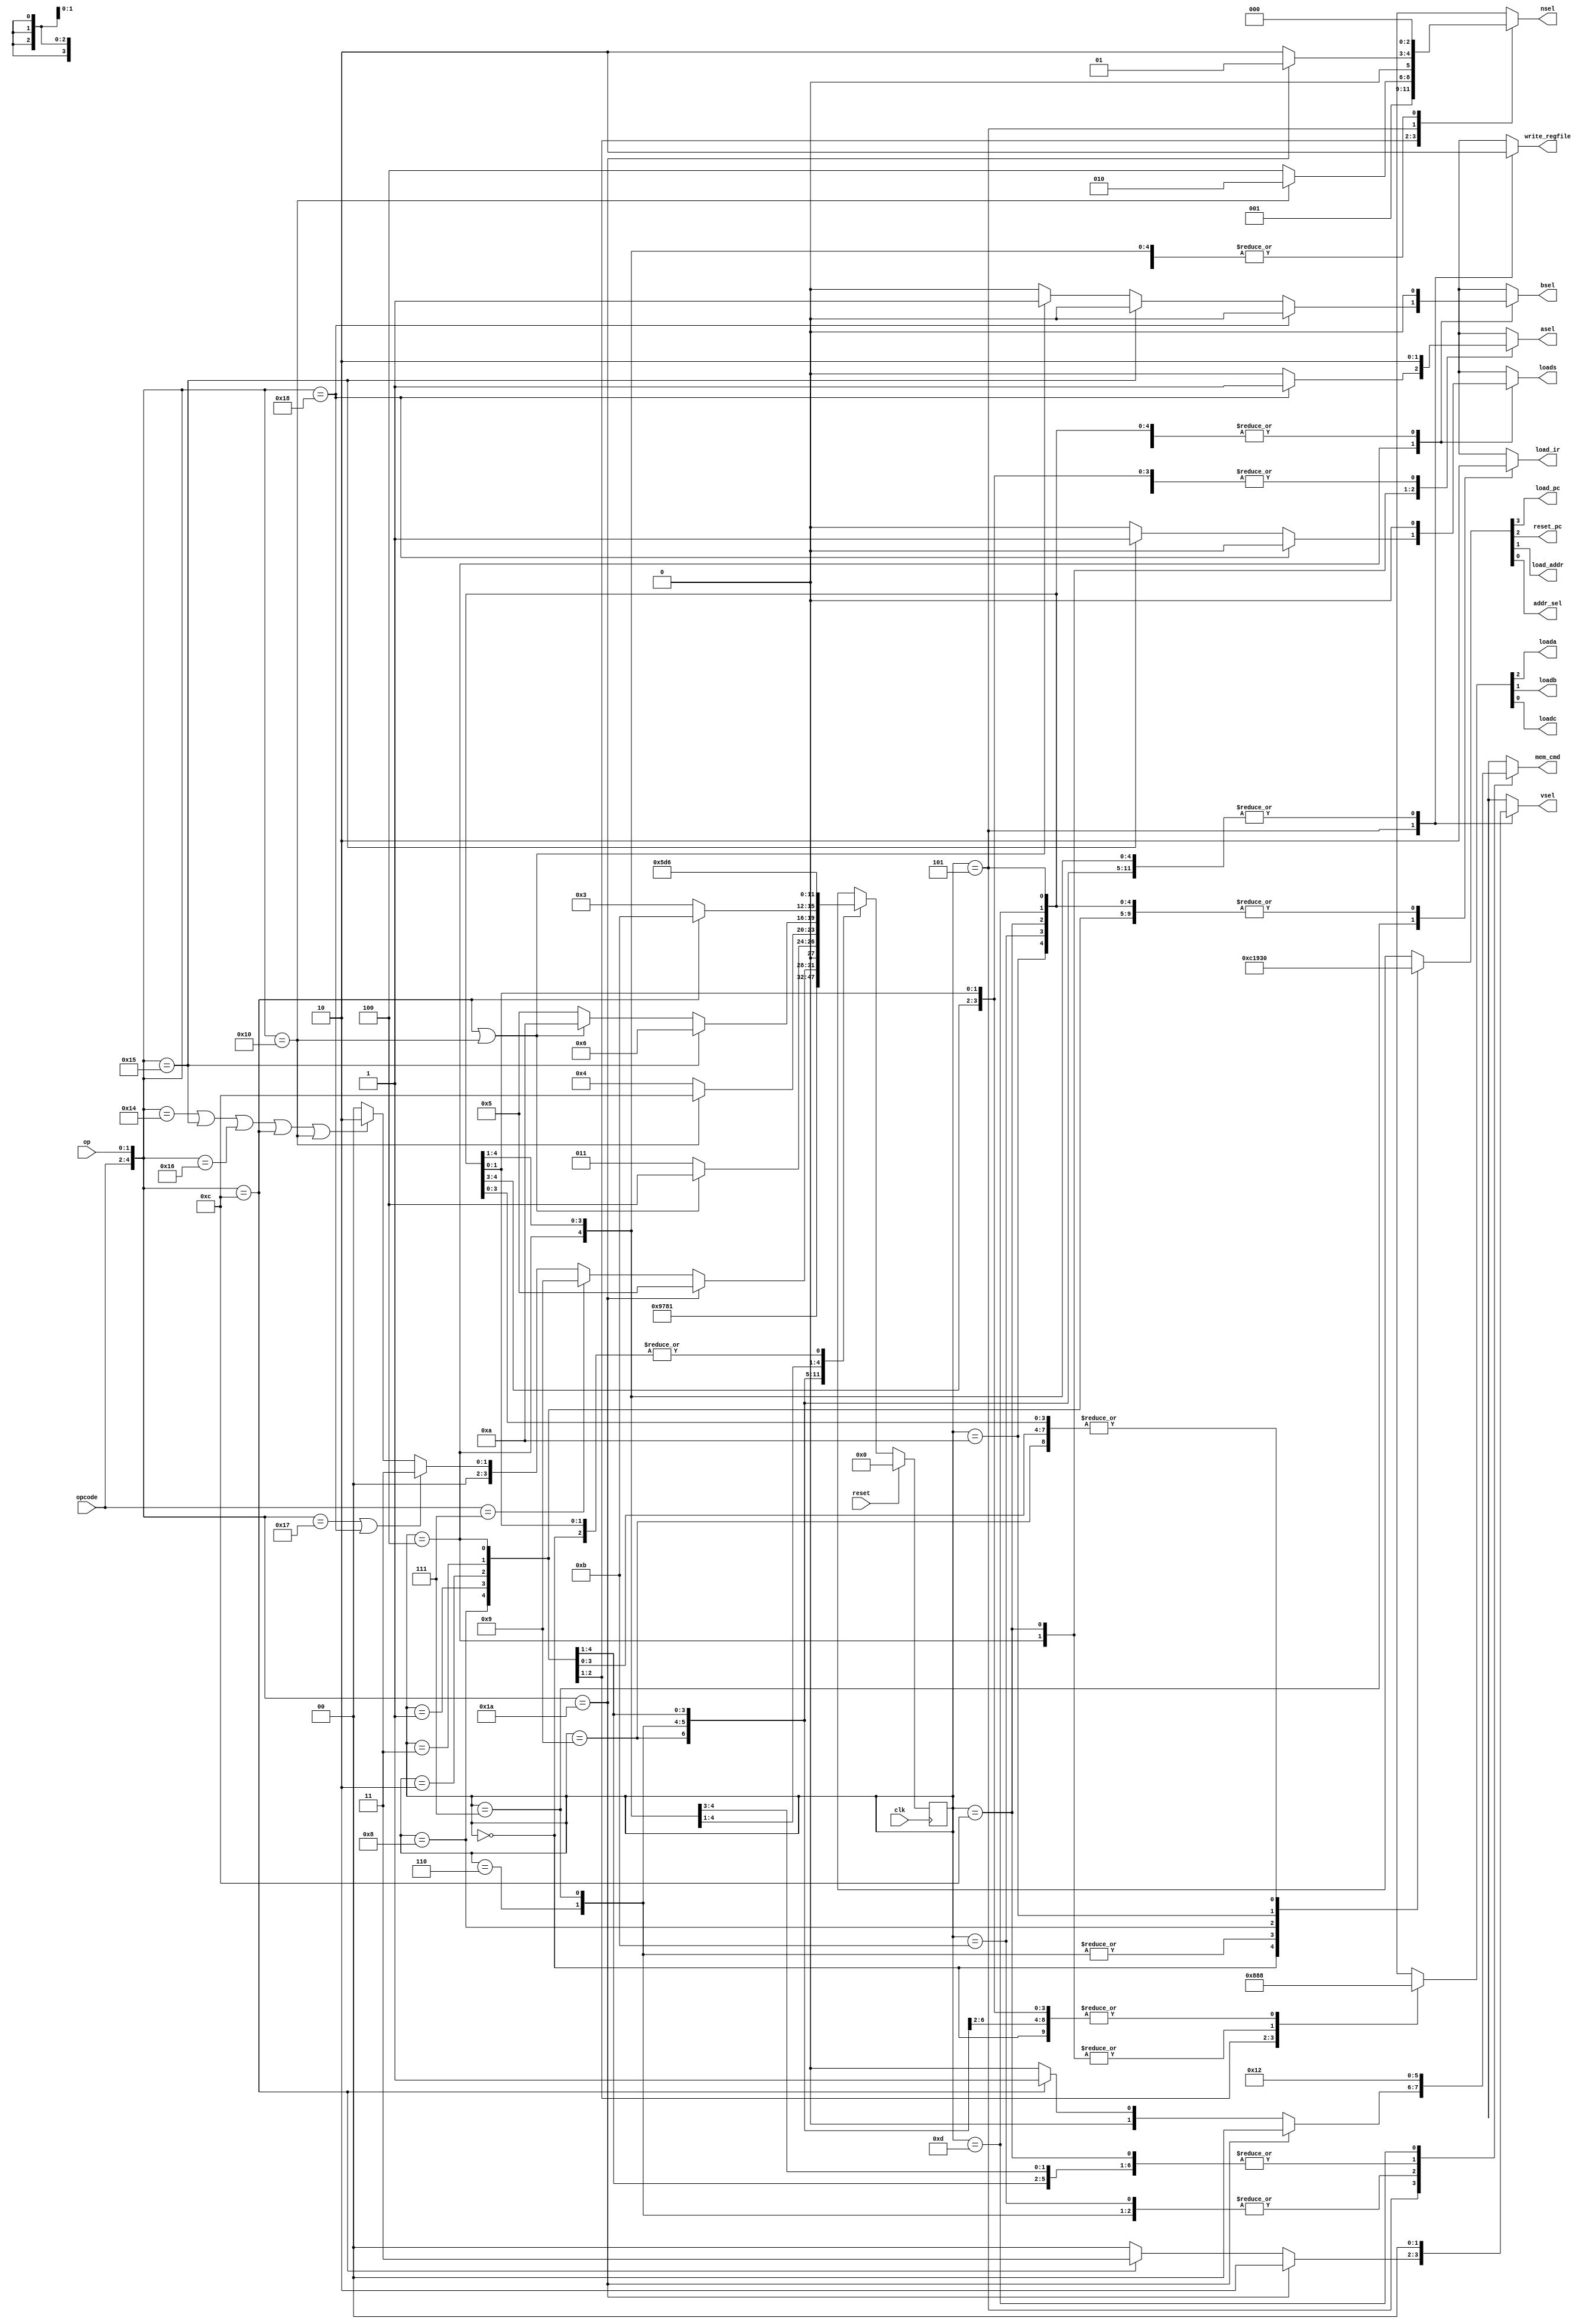



module FSMcontroller(reset,clk,opcode,op,nsel,asel,bsel,vsel,loada,loadb,loadc,loads,write_regfile,load_pc,reset_pc,load_addr,addr_sel,mem_cmd,load_ir);
input /*s*/reset,clk;
input [2:0] opcode;
input [1:0] op;
output reg /*w*/asel,bsel,loada,loadb,loadc,loads,write_regfile,load_pc,reset_pc,load_addr,addr_sel,load_ir;
output reg [1:0] vsel,mem_cmd;
//nsel is one hot 
output reg [2:0] nsel;

reg[3:0] state;
reg[3:0] next_state;


//MACROS for memory commands
`define MNONE 2'b00
`define MREAD 2'b01
`define MWRITE 2'b10

//MACROS FOR VARIOUS STATES
/*`define waiting 4'b0000*/
//program counter initialized in reset
`define reset 4'b0000
//choose next state from instruction register 
`define decode 4'b0001
//load into reg a
`define getA 4'b0010
//load into reg b
`define getB 4'b0011
//use alu to store result in reg c
`define execute 4'b0100
//store value in reg in register file
`define store 4'b0101
//mem_read_step1 is where output from the memory is updated
`define mem_read_step1 4'b0110
//mem_read_step2 is where the instruction register is updated with ouptut from memory
`define mem_read_step2 4'b0111
`define update_pc 4'b1000
//halt will remain as the state until reset is hit
`define halt 4'b1001
//for loading into data adress register to execute LDR/STR instructions
`define load_data_adress 4'b1010
//reading from memory for LDR instruction
`define mem_read_LDR 4'b1011
//execute state for outputting value in Rd to datapath_out to execute STR instruction
`define executeSTR 4'b1100
//writing to memory state
`define writemem 4'b1101


//THIS IS A MEALY MACHINE THAT USES STATES AND OPCODE TO PICK OUTPUTS
//AND TO PICK STATE TRANSITIONS





//state transition logic
always@(*) begin
case(state)

//only leave waiting state if s is 1, NEXT STATE WILL BE DECODE IN LATER VERSIONS
/*`waiting:next_state= ((s==1'b1)? `decode: `waiting );*/

//will remain halted
`halt:next_state=`halt;

//in reset state, transition to state 1 for reading instructions from memory
`reset : next_state = `mem_read_step1;
//after memory reading step 1, transition to memory reading step 2
`mem_read_step1 :next_state = `mem_read_step2;
//after instructiosn loaded into instruction register, update program counter
`mem_read_step2 : next_state=`update_pc;
//after updating program counter, decode
`update_pc: next_state=`decode;



//next state after decoding will depend on {opcode,op}
`decode: begin
//next state will be store if instruction is MOV Rn,#<im8> ({opcode,op}=5'b11010)
if({opcode,op}==5'b11010) begin 
next_state=`store;
end 

//next state will be halt if opcode=111
else if(opcode==3'b111) begin
next_state=`halt;
end




/*next state will be getB if instruction is MOV Rd,Rm{,<sh_op>} or MVN Rd,Rm{,<sh_op>} 
{opcode,op}=5'b11000 or {opcode,op}=5'b10111 respectivly*/
else if(({opcode,op}==5'b10111)|({opcode,op}==5'b11000)) begin
next_state=`getB;
end
//if the instructions are ADD, CMP, AND, LDR,or STR then the next step is to load into regA
else if( ({opcode,op}==5'b10100) | ({opcode,op}==5'b10101) | ({opcode,op}==5'b10110)|({opcode,op}==5'b01100)|({opcode,op}==5'b10000) ) begin
next_state=`getA;
end
//if the opcode does not correspond to any of the aformetioned instructions then reset instead of keeping up with illegal instructions
else begin
next_state=`reset;
end
//end of decode case
end


//after getting A FSM must get B UNLESS PERFORMING LDR OR STR IN WHICH CASE IT WILL GO TO EXECUTE
`getA:begin 
if(({opcode,op}==5'b01100)|({opcode,op}==5'b10000)) begin
next_state=`execute;
end
else begin
next_state=`getB;
end
end


//after getting B FSM must execute unless executing STR in which case it will go to executeSTR state 
`getB: begin 
if({opcode,op}==5'b10000) begin
next_state=`executeSTR;
end
else begin
next_state=`execute;
end
end


//after execution FSM must store UNLESS THE OPERATION IS CMP so {opcode,op}=10101 then go right back to memory_reading without storing
//MAKE SURE STATUS FLAG REGISTER ONLY UPDATES WHEN DOING CMP 
`execute:begin
//if instruction is CMP
if({opcode,op}==5'b10101)  begin
next_state=`mem_read_step1;
end
//transition to store in data adress reg if executing LDR or STR instruction
else if(({opcode,op}==5'b01100)|({opcode,op}==5'b10000)) begin
next_state=`load_data_adress;
end

else begin
next_state=`store;
end
//end of execute case
end

//after storing, the FSM will read the next instruction no matter what
`store: begin next_state=`mem_read_step1;
end

//transition from loading data adress to reading for LDR or getting value for STR
`load_data_adress: begin
//transiiton to LDR memory reading stage if performing LDR
if({opcode,op}==5'b01100) begin
next_state=`mem_read_LDR;
end
else begin
//or elseget data from adress Rd to store to memory
next_state=`getB;
end
end

//when reading from memory in an LDR instruction, the next step is to store
`mem_read_LDR: begin
next_state=`store;
end

//state where value from reg is loaded into regC in order to write to memory in STR instruction
//next state is writing to memory
`executeSTR: begin
next_state=`writemem;
end
//will write to memory and go to read next instruction on rising edge of clock
`writemem: begin 
next_state=`mem_read_step1;
end

//don't care about next state if state is illegal value
default:next_state=4'bxxxx;
endcase

end
















//state transition always block
always@(posedge clk) begin
if(reset==1'b1) begin
state=`reset;
end
else begin
state=next_state;
end 
end





//output behivour based on state
always@(*) begin
case(state)



`reset:begin
//reset program counter to 0 and load value into it, other settings can be copied from waiting state
//values for lab 7
{load_pc,reset_pc,load_addr,addr_sel,mem_cmd,load_ir}={2'b11,5'b00000};
//values from lab 6
{asel,bsel,vsel,loada,loadb,loadc,loads,write_regfile,nsel}={12'b000000000000};
end

`halt: begin
//nothing is to be done in the halt state

//values for lab 7
{load_pc,reset_pc,load_addr,addr_sel,mem_cmd,load_ir}={2'b00,5'b00000};
//values from lab 6
{asel,bsel,vsel,loada,loadb,loadc,loads,write_regfile,nsel}={12'b000000000000};

end


`mem_read_step1: begin
//values for executing instructions don't matter
{asel,bsel,vsel,loada,loadb,loadc,loads,write_regfile,nsel}={12'b000000000000};
//make sure to select program counter and be in read mode
{load_pc,reset_pc,load_addr,addr_sel,mem_cmd,load_ir}={3'b000,1'b1,`MREAD,1'b0};
end

`mem_read_step2: begin
{asel,bsel,vsel,loada,loadb,loadc,loads,write_regfile,nsel}={12'b000000000000};

{load_pc,reset_pc,load_addr,addr_sel,mem_cmd,load_ir}={3'b000,1'b1,`MREAD,1'b1};

end

`update_pc: begin
{asel,bsel,vsel,loada,loadb,loadc,loads,write_regfile,nsel}={12'b000000000000};

{load_pc,reset_pc,load_addr,addr_sel,mem_cmd,load_ir}={1'b1,2'b00,1'b1,`MNONE,1'b0};



end



//every value should be 0 when decoding
`decode:begin {asel,bsel,vsel,loada,loadb,loadc,loads,write_regfile,nsel}={12'b000000000000};
//RAM interaction variables are 0 when executing instructions
{load_pc,reset_pc,load_addr,addr_sel,mem_cmd,load_ir}={7'b0000000};
end

//when getting A loada is enabled, nsel will read Rn which corresponds to 001, other signals are 0
`getA: begin{asel,bsel,vsel,loada,loadb,loadc,loads,write_regfile,nsel}={4'b0000,1'b1,4'b0000,3'b001};
{load_pc,reset_pc,load_addr,addr_sel,mem_cmd,load_ir}=7'b0000000;
end
//when getting B loada is enabled, nsel will read Rm which corresponds to 100, other signals are 0
//nsel=100 unless performing STR in which case nsel=010
`getB:begin{asel,bsel,vsel,loada,loadb,loadc,loads,write_regfile}={5'b00000,1'b1,3'b000};
{load_pc,reset_pc,load_addr,addr_sel,mem_cmd,load_ir}=7'b0000000;
if({opcode,op}==5'b10000) begin
nsel=3'b010;
end else begin
nsel=3'b100;
end
end

/* when executing, bsel=0 and asel=0 unless moving from one register to another IE MOV Rd,Rm{,<sh_op>}
 or {opcode,op}=11000 ,loadc and loads are enabled, all other values 0, decoder will handle ALUop and shift*/
`execute: begin {vsel,loada,loadb,loadc,write_regfile,nsel}={4'b0000,1'b1,4'b0000};

{load_pc,reset_pc,load_addr,addr_sel,mem_cmd,load_ir}=7'b0000000;
//if the goal is to move from one register to another MOV Rd,Rm{,<sh_op>} then select 16'b0 instead of aout for Ain to ALU
if({opcode,op}==5'b11000) begin
//output 0 as Ain for ALU
asel=1'b1;
loads=1'b0;
bsel=1'b0;
end
//update status register if performing CMP operation
else if({opcode,op}==5'b10101)  begin
loads=1'b1;
//output value from register A into ALU
asel=1'b0;
bsel=1'b0;
//bsel=1'b1 if adding immediate operand to an adress in rega for LDR or STR
end else if(({opcode,op}==5'b01100)|({opcode,op}==5'b10000))  begin
loads=1'b0;
asel=1'b0;
bsel=1'b1;
end


//if instruction is neither move value from one reg to another nor CMP then select aout and do not update status register
else begin
asel=1'b0;
loads=1'b0;
bsel=1'b0;
end
//end of execute state condition
end



/*when storing the result of a computation into regfile vsel=00 and nsel=010 to pick Rd, when storing immediate operand MOV Rn,#<im8>
{opcode,op}=11010 vsel=10 and nsel=001 to pick Rn,write_regfile=1 to enable write_regfile, other signals are 0 */
`store:begin {asel,bsel,loada,loadb,loadc,loads,write_regfile}={2'b00,4'b0000,1'b1};
{load_pc,reset_pc,load_addr,addr_sel,load_ir}={4'b0000,1'b0};
//if storing an immidiate operand
if({opcode,op}==5'b11010) begin
//store immediate operand into regfile
vsel=2'b10;
nsel=3'b001;
mem_cmd=`MNONE;
end
//if storing from RAM (LDR instruction)
else if({opcode,op}==5'b01100) begin
vsel=2'b11;
nsel=3'b010;
mem_cmd=`MREAD;
end else 
begin
//store datapath_out into regfile
vsel=2'b00;
nsel=3'b010;
mem_cmd=`MNONE;
end
//end of store case condition
end

//for loading data adress in LDR/STR instructions
`load_data_adress: begin

//all datapath variables are not needed
{asel,bsel,vsel,loada,loadb,loadc,loads,write_regfile,nsel}={12'b000000000000};

//load enabled on adress register, addr_sel is on to signify next step of feeding from adress reg to RAM
{load_pc,reset_pc,load_addr,addr_sel,mem_cmd,load_ir}={2'b00,2'b11,3'b000};
end

//for reading from memory in an LDR instruction
`mem_read_LDR: begin
//datapath variables not needed
{asel,bsel,vsel,loada,loadb,loadc,loads,write_regfile,nsel}={12'b000000000000};
//must be in reading and selecting instruction from register not program counter
{load_pc,reset_pc,load_addr,addr_sel,mem_cmd,load_ir}={4'b0000,`MREAD,1'b0};
end

`executeSTR: begin
//add 0 from mux after reg a to what is in reg b
//values for lab 7
{load_pc,reset_pc,load_addr,addr_sel,mem_cmd,load_ir}={2'b00,5'b00000};
//values from lab 6
{asel,bsel,vsel,loada,loadb,loadc,loads,write_regfile,nsel}={1'b1,5'b00000,1'b1,5'b00000};
end

`writemem: begin
//will write to adress given by register from datapath out on posedge clk
//values for lab 7
{load_pc,reset_pc,load_addr,addr_sel,mem_cmd,load_ir}={2'b00,2'b00,`MWRITE,1'b0};
//values from lab 6
{asel,bsel,vsel,loada,loadb,loadc,loads,write_regfile,nsel}={12'b000000000000};


end



//don't care about anything in default case
default:begin {asel,bsel,vsel,loada,loadb,loadc,loads,write_regfile,nsel}={12'bxxxxxxxxxxxx};
{load_pc,reset_pc,load_addr,addr_sel,mem_cmd,load_ir}=7'bxxxxxxx;
end
endcase


end




endmodule